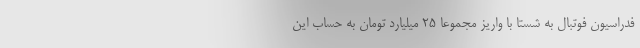
فدراسیون فوتبال به شستا با واریز مجموعا ۲۵ میلیارد تومان به حساب این